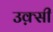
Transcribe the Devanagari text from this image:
उक़्सी